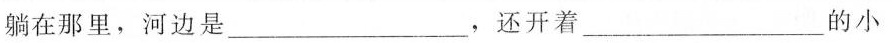
躺在那里，河边是___，还开着___的小